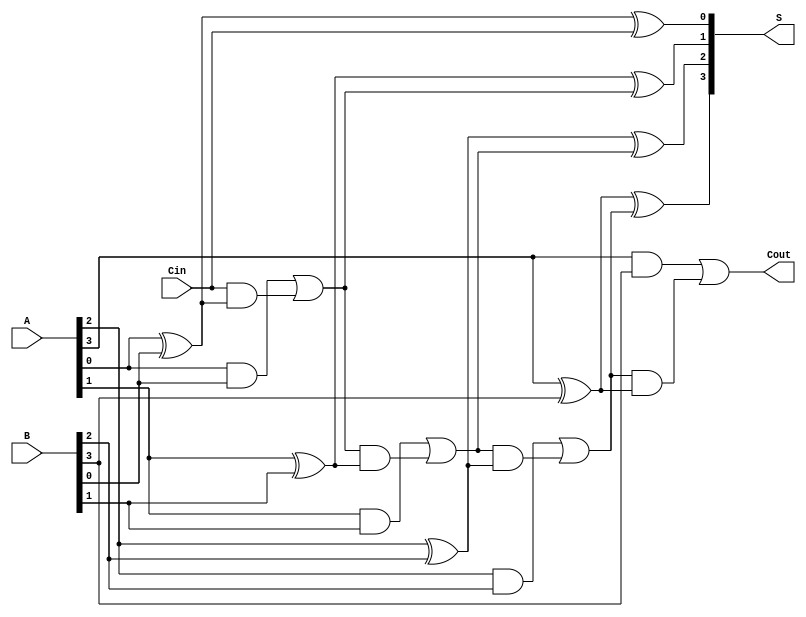
module LingAdder #(parameter n = 4) (
    input  wire [n-1:0] A,     // First n-bit binary number
    input  wire [n-1:0] B,     // Second n-bit binary number
    input  wire Cin,            // Carry-in
    output wire [n-1:0] S,      // Sum output
    output wire Cout            // Carry-out
);

    wire [n:0] C;              // Carry signals (C[0] = Cin, C[n] = Cout)
    assign C[0] = Cin;         // Initial carry is Cin

    // Generate sum and carry for each bit
    genvar i;
    generate
        for (i = 0; i < n; i = i + 1) begin : adder
            // Sum generation
            assign S[i] = A[i] ^ B[i] ^ C[i];

            // Carry generation
            assign C[i + 1] = (A[i] & B[i]) | (C[i] & (A[i] ^ B[i]));
        end
    endgenerate

    // Final carry-out
    assign Cout = C[n];

endmodule